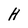
Character: H